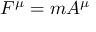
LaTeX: F ^ { \mu } = m A ^ { \mu }